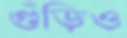
গুঁড়িও